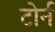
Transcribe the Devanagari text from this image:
टोर्न